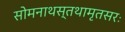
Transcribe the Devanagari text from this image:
सोमनाथस्तथामृतसरः